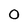
Character: 0